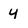
Character: 4